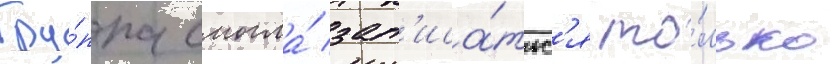
Гру́ппа смогла́ зап'иса́тьс'я то́лько